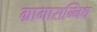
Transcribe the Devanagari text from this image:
ग्रामासन्निध